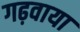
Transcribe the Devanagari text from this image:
गढ़वाया